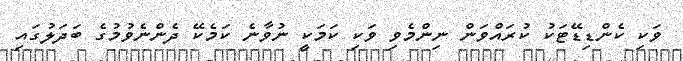
ވަކި ކެންޑިޑޭޓަކު ކުރައްވަން ނިންމެވި ވަކި ކަމަކީ ނުވާނެ ކަމެކޭ ދެންނެވުމުގެ ބަދަލުގައި